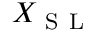
X _ { \mathrm { ~ S ~ L ~ } }